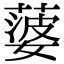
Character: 蔢